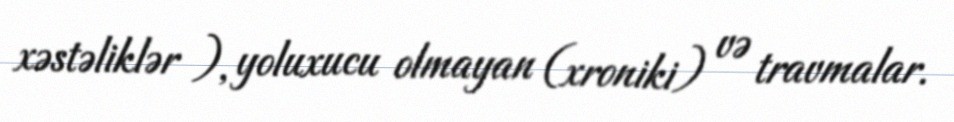
xəstəliklər ), yoluxucu olmayan (xroniki) və travmalar.